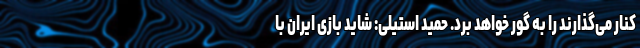
کنار می‌گذارند را به گور خواهد برد. حمید استیلی: شاید بازی ایران با